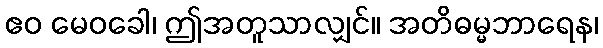
ဧဝ မေဝခေါ၊ ဤအတူသာလျှင်။ အတိဓမ္မဘာရေန၊